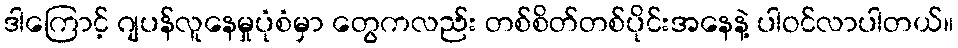
ဒါကြောင့် ဂျပန်လူနေမှုပုံစံမှာ တွေကလည်း တစ်စိတ်တစ်ပိုင်းအနေနဲ့ ပါဝင်လာပါတယ်။